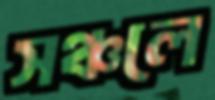
সঞ্চলে